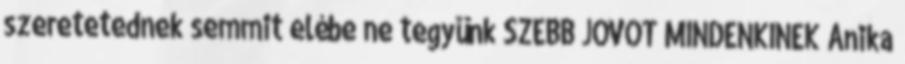
szeretetednek semmit elébe ne tegyünk SZEBB JÖVŐT MINDENKINEK Anika